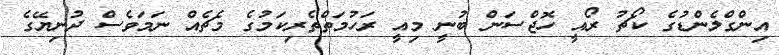
އިންގްލެންޑުގެ ކޯޗު ރޯއީ ހޮޖްސަން ބުނީ މިއީ ރަހުމަތްތެރިކަމުގެ މެޗެއް ނަމަވެސް ދުނިޔޭގެ